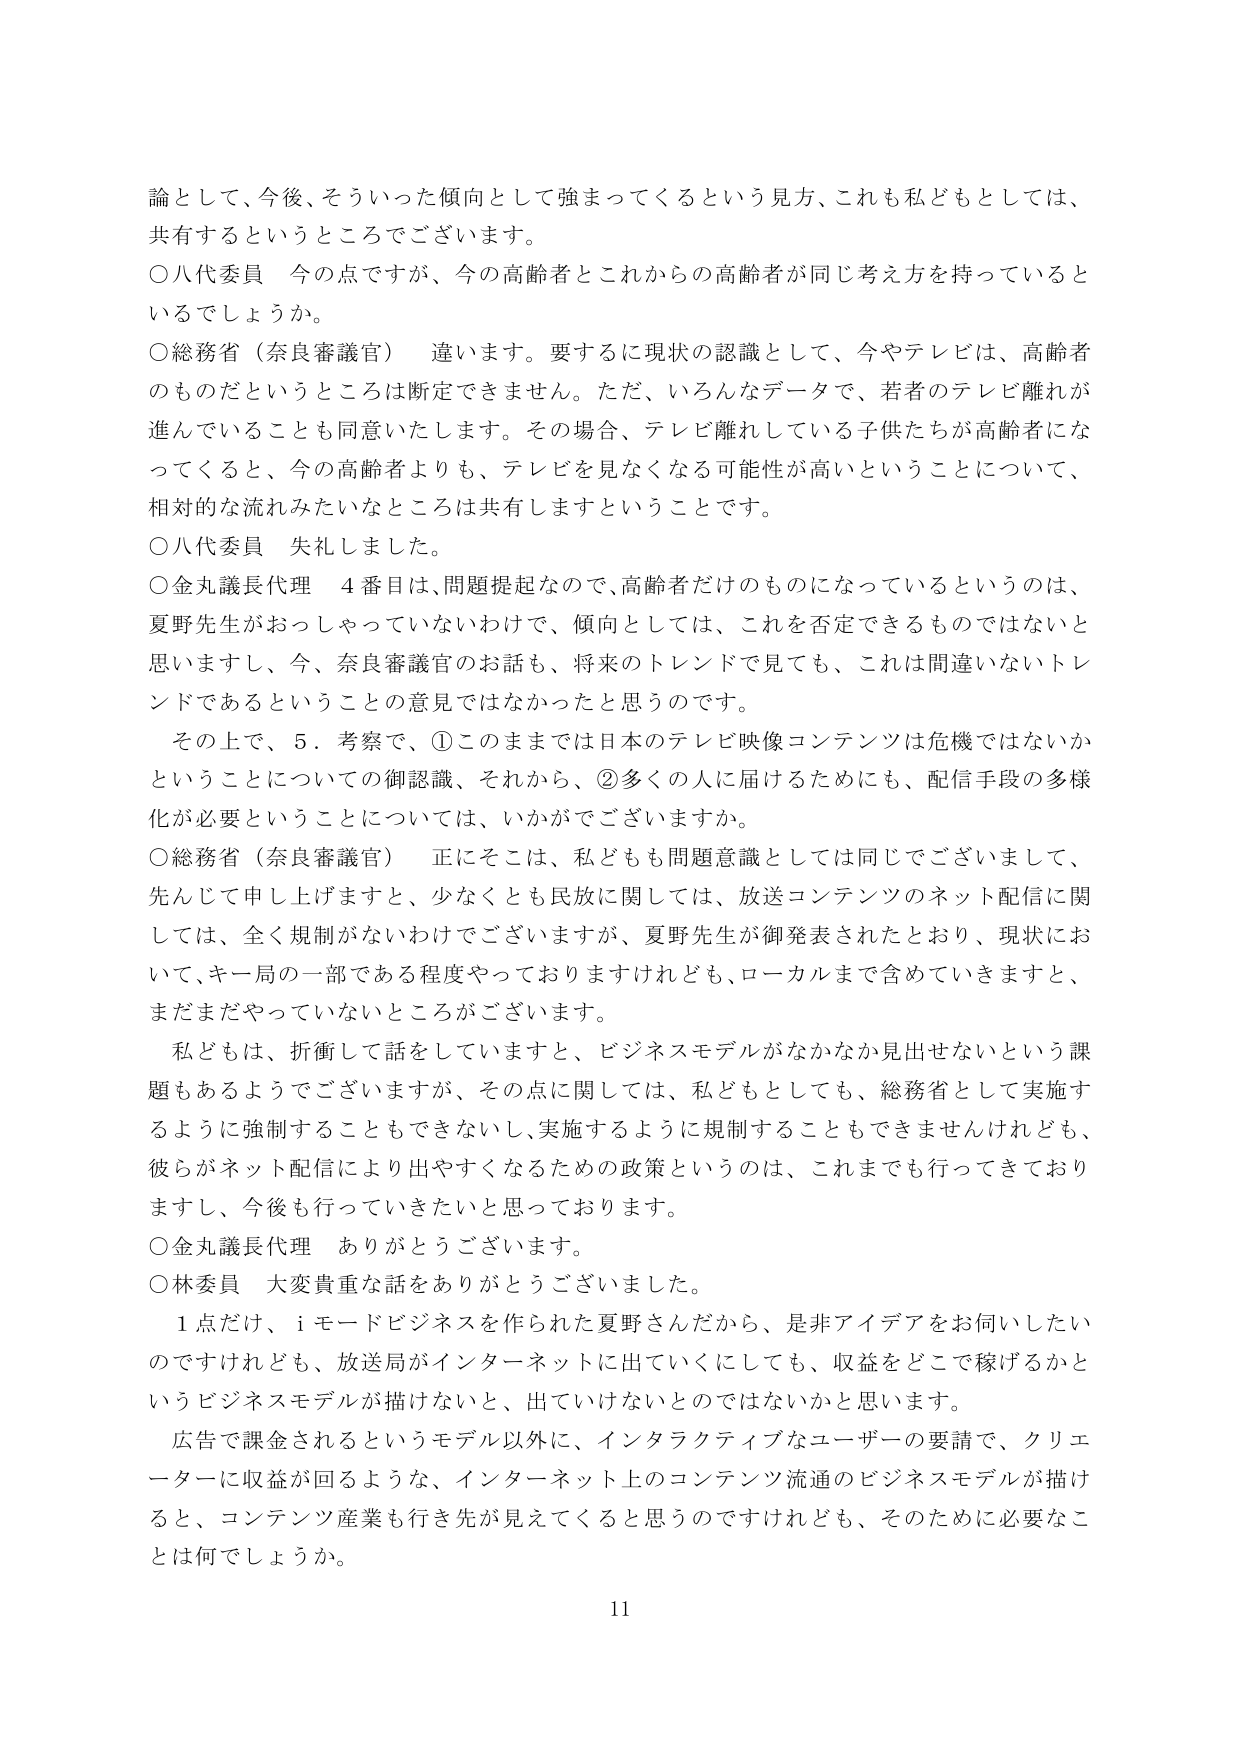
論として、今後、そういった傾向として強まってくるという見方、これも私どもとしては、共有するというところでございます。

○八代委員　今の点ですが、今の高齢者とこれからの高齢者が同じ考え方を持っていると いるでしょうか。

○総務省（奈良審議官）　違います。要するに現状の認識として、今やテレビは、高齢者 のものだというところは断定できません。ただ、いろんなデータで、若者のテレビ離れが 進んでいることも同意いたします。その場合、テレビ離れしている子供たちが高齢者にな ってくると、今の高齢者よりも、テレビを見なくなる可能性が高いということについて、 相対的な流れみたいなところは共有しますということです。

○八代委員　失礼しました。

○金丸議長代理　４番目は、問題提起なので、高齢者だけのものになっているというのは、 夏野先生がおっしゃっていないわけで、傾向としては、これを否定できるものではないと 思いますし、今、奈良審議官のお話も、将来のトレンドで見ても、これは間違いないトレ ンドであるということの意見ではなかったと思うのです。

　その上で、５．考察で、①このままでは日本のテレビ映像コンテンツは危機ではないか ということについての御認識、それから、②多くの人に届けるためにも、配信手段の多様 化が必要ということについては、いかがでございますか。

○総務省（奈良審議官）　正にそこは、私どもも問題意識としては同じでございまして、 先んじて申し上げますと、少なくとも民放に関しては、放送コンテンツのネット配信に関 しては、全く規制がないわけでございますが、夏野先生が御発表されたとおり、現状にお いて、キー局の一部である程度やっておりますけれども、ローカルまで含めていきますと、 まだまだやっていないところがございます。

　私どもは、折衝して話をしていますと、ビジネスモデルがなかなか見出せないという課 題もあるようでございますが、その点に関しては、私どもとしても、総務省として実施す るように強制することもできないし、実施するように規制することもできませんけれども、 彼らがネット配信により出やすくなるための政策というのは、これまでも行ってきており ますし、今後も行っていきたいと思っております。

○金丸議長代理　ありがとうございます。

○林委員　大変貴重な話をありがとうございました。

　１点だけ、ｉモードビジネスを作られた夏野さんだから、是非アイデアをお伺いしたい のですけれども、放送局がインターネットに出ていくにしても、収益をどこで稼げるかと いうビジネスモデルが描けないと、出ていけないとのではないかと思います。

　広告で課金されるというモデル以外に、インタラクティブなユーザーの要請で、クリエ ーターに収益が回るような、インターネット上のコンテンツ流通のビジネスモデルが描け ると、コンテンツ産業も行き先が見えてくると思うのですけれども、そのために必要なこ とは何でしょうか。

11